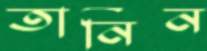
তানিন